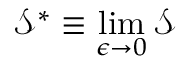
{ \mathcal { S } ^ { * } } \equiv \operatorname* { l i m } _ { \epsilon \rightarrow 0 } \mathcal { S }